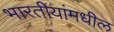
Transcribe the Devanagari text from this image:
भारतीयांमधील